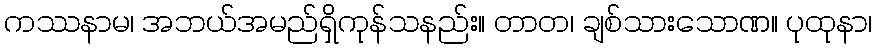
ကဿနာမ၊ အဘယ်အမည်ရှိကုန်သနည်း။ တာတ၊ ချစ်သားသောဏ။ ပုထုနာ၊